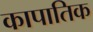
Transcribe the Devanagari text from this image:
कापातिक